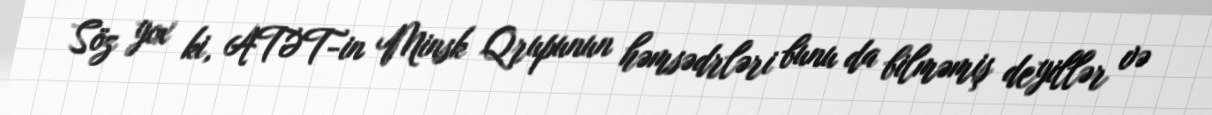
Söz yox ki, ATƏT-in Minsk Qrupunun həmsədrləri bunu da bilməmiş deyillər və